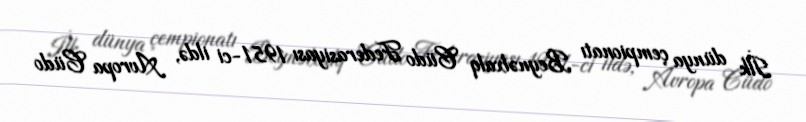
İlk dünya çempionatı Beynəlxalq Cüdo Federasiyası 1951-ci ildə, Avropa Cüdo